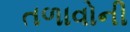
તળાવોની